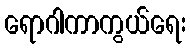
ရောဂါကာကွယ်ရေး